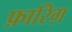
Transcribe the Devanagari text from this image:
फ़ारिग़